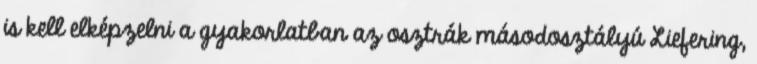
is kell elképzelni a gyakorlatban az osztrák másodosztályú Liefering,